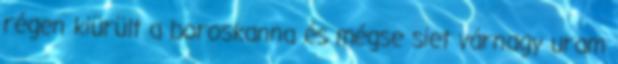
régen kiürült a boroskanna és mégse siet várnagy uram